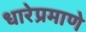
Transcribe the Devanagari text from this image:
धारेप्रमाणे